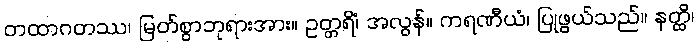
တထာဂတဿ၊ မြတ်စွာဘုရားအား။ ဥတ္တရိံ၊ အလွန်။ ကရဏီယံ၊ ပြုဖွယ်သည်။ နတ္ထိ၊